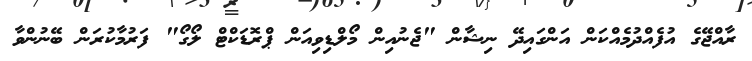
ރާއްޖޭގެ އުފެއްދުމެއްކަން އަންގައިދޭ ނިޝާން "ޖެނުއިން މޯލްޑިވިއަން ޕްރޮޑަކްޓް ލޯގޯ" ފަރުމާކުރަން ބޭނުންވާ